Report of the Hyderabad Chloroform Commission
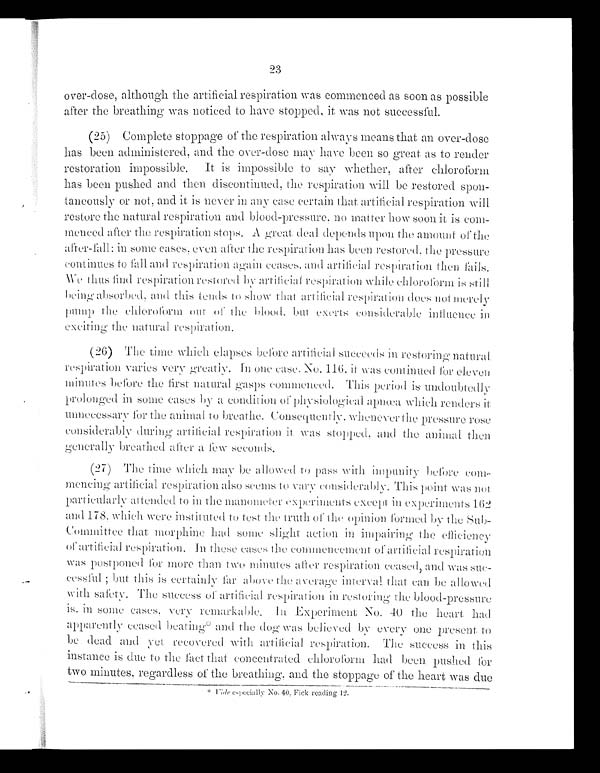
over-dose, although the artificial respiration was commenced as soon as possible
after the breathing was noticed to have stopped, it was not successful.
(25) Complete stoppage of the respiration always means that an over-dose
has been administered, and the over-dose may have been so great as to render
restoration impossible. It is impossible to say whether, after chloroform
has been pushed and then discontinued, the respiration will be restored spon-
t a n e o u s l y o r n o t , a n d i t i s n e v e r i n a n y c a s e c e r t a i n t h a t a r t i f i c i a l r e s p i r a t i o n w i l l
restore the natural respiration and blood-pressure, no matter how soon it is com-
menced after the respiration stops. A great deal depends upon the amount of the
alter-fall: in some cases, even after the respiration has been restored, the pressure
continues to fall and respiration again ceases, and artificial respiration then
fails. We thus find respiration restored by artificial respiration while chloroform is sti
ll being absorbed, and this tends to show that artificial respiration does not
merely pump the chloroform out of the blood, but exerts considerable influence i
n e x c i t i n g t h e n a t u r a l r e s p i r a t i o n .
(26) The time which elapses before artificial succeeds in restoring natural
respiration varies very greatly. In one case, No. 116, it was continued for eleven
minutes before the first natural gasps commenced. This period is undoubtedly
prolonged in some cases by a condition of physiological apnœa which renders it
unnecessary for the animal to breathe. Consequently, whenever the pressure rose
considerably during artificial respiration it was stopped, and the animal then
generally breathed after a few seconds.
(27) The time which may be allowed to pass with impunity before
com-mencing artificial respiration also seems to vary considerably. This point was not
particularly attended to in the manometer experiments except in experiments 162
and 178, which were instituted to test the truth of the opinion formed by the Sub-
Committee that morphine had some slight action in impairing the efficiency
of artificial respiration. In these cases the commencement of artificial respiration
was postponed for more than two minutes after respiration ceased, and was
s u c - c e s s f u l ; b u t t h i s i s c e r t a i n l y f a r a b o v e t h e a v e r a g e i n t e r v a l t h a t c a n b e a l l o w e d
with safety. The success of artificial respiration in restoring the blood-pressure
i s , i n s o m e c a s e s , v e r y r e m a r k a b l e . I n E x p e r i m e n t N o . 4 0 t h e h e a r t h a d
apparently ceased beating* and the dog was believed by every one present to
be dead and yet recovered with artificial respiration. The success in this
instance is due to the fact that concentrated chloroform had been pushed for
t w o m i n u t e s , r e g a r d l e s s o f t h e b r e a t h i n g , a n d t h e s t o p p a g e o f t h e h e a r t w a s d u e